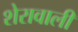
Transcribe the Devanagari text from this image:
शेरावाली